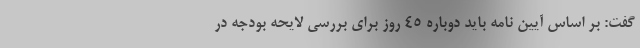
گفت: بر اساس آیین نامه باید دوباره ۴۵ روز برای بررسی لایحه بودجه در